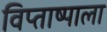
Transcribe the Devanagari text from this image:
विप्ताष्पाला